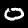
Label: 0